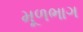
મૂળભાગ